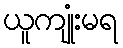
ယူကျုံးမရ